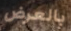
بالعرض